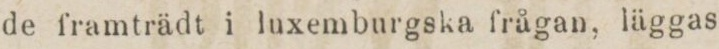
de framträdt i luxemburgska frågan, läggas